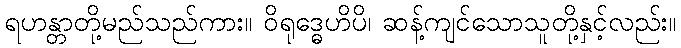
ရဟန္တာတို့မည်သည်ကား။ ဝိရုဒ္ဓေဟိပိ၊ ဆန့်ကျင်သောသူတို့နှင့်လည်း။